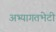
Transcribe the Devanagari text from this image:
अभ्यागतभेटी